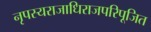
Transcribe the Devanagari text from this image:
नृपस्यराजाधिराजपरिपूजित